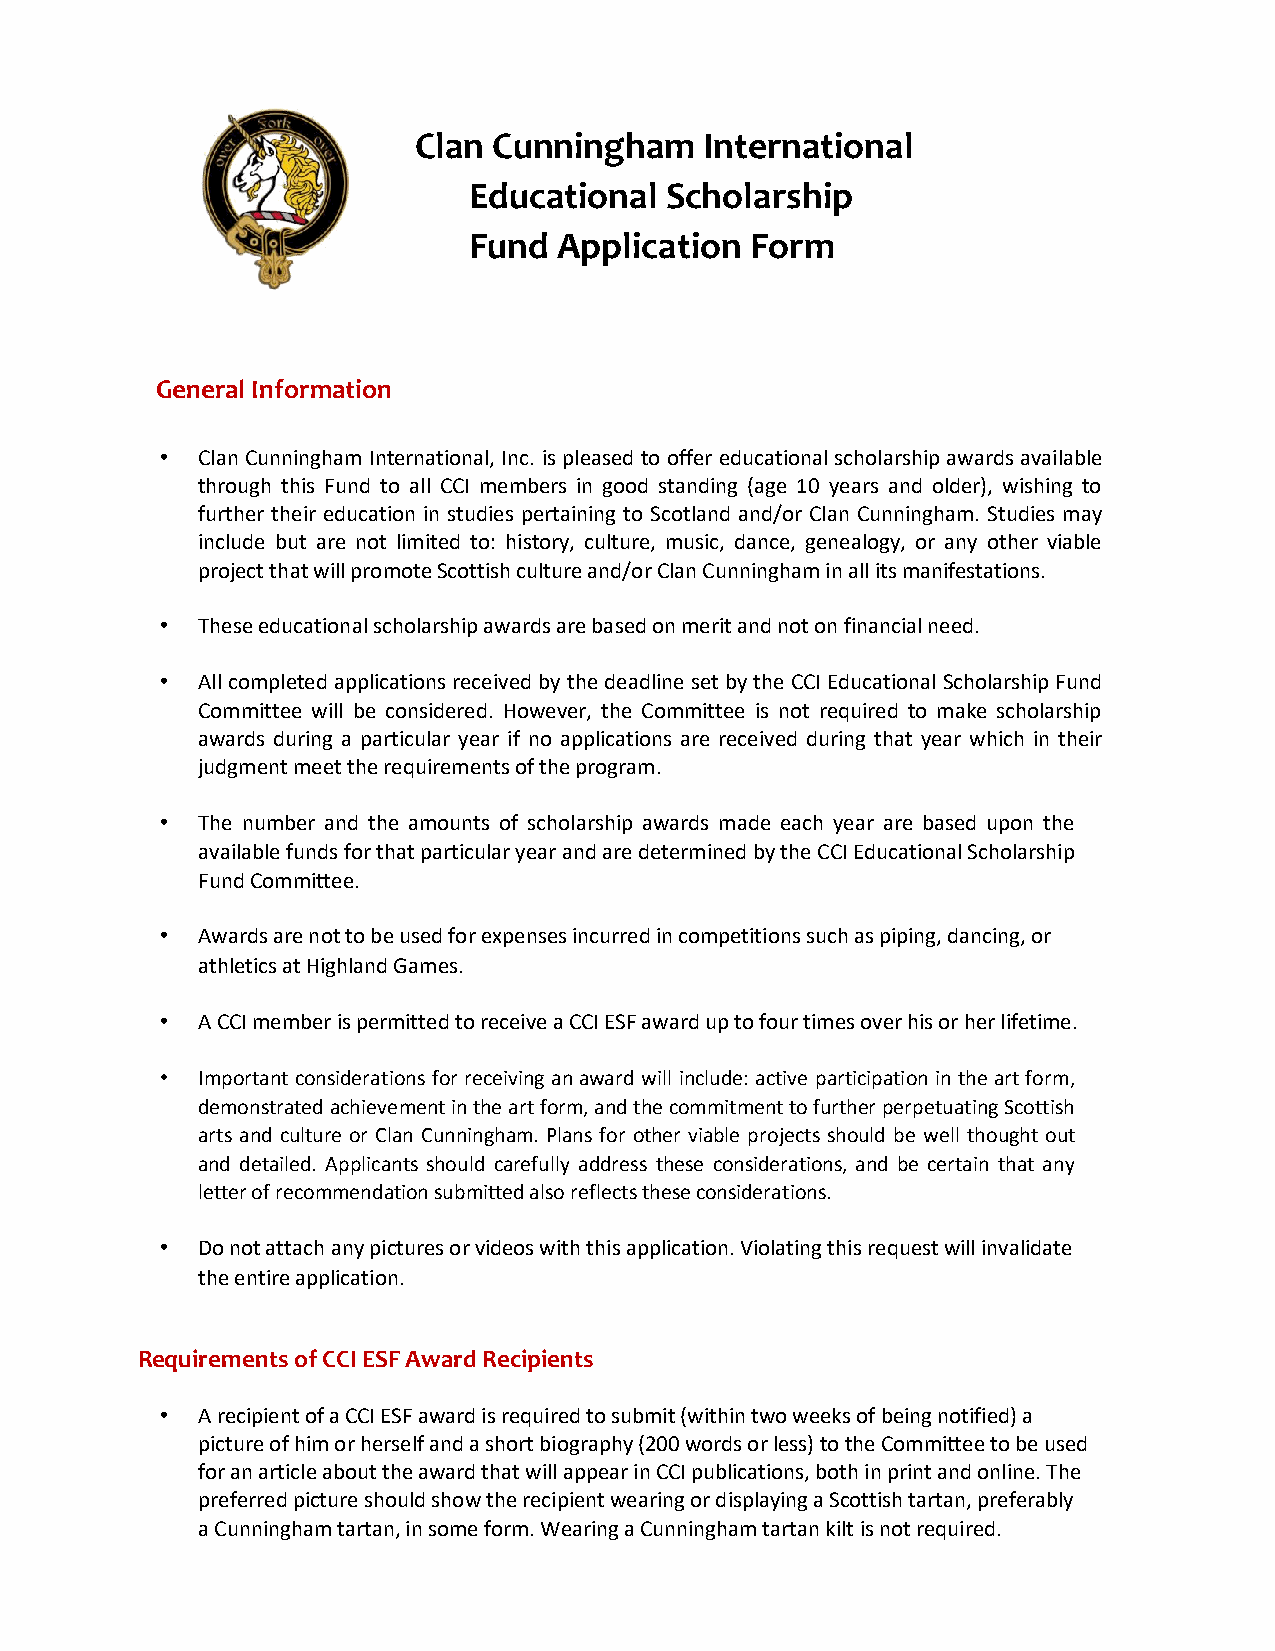
Clan  Cunningham    International
 Educational  Scholarship
 Fund  Application  Form
 General Information
 • Clan Cunningham International, Inc. is pleased to offer educational scholarship awards available
 through this Fund to all CCI members in good standing (age 10 years and older), wishing to
 further their education in studies pertaining to Scotland and/or Clan Cunningham. Studies may
 include but are not limited to: history, culture, music, dance, genealogy, or any other viable
 project that will promote Scottish culture and/or Clan Cunningham in all its manifestations.
 • These educational scholarship awards are based on merit and not on financial need.
 • All completed applications received by the deadline set by the CCI Educational Scholarship Fund
 Committee will be considered. However, the Committee is not required to make scholarship
 awards during a particular year if no applications are received during that year which in their
 judgment meet the requirements of the program.
 • The number and the amounts of scholarship awards made each year are based upon the
 available funds for that particular year and are determined by the CCI Educational Scholarship
 Fund Committee.
 • Awards are not to be used for expenses incurred in competitions such as piping, dancing, or
 athletics at Highland Games.
 • A CCI member is permitted to receive a CCI ESF award up to four times over his or her lifetime.
 • Important considerations for receiving an award will include: active participation in the art form,
 demonstrated achievement in the art form, and the commitment to further perpetuating Scottish
 arts and culture or Clan Cunningham. Plans for other viable projects should be well thought out
 and detailed. Applicants should carefully address these considerations, and be certain that any
 letter of recommendation submitted also reflects these considerations.
 • Do not attach any pictures or videos with this application. Violating this request will invalidate
 the entire application.
 Requirements of CCI ESF Award Recipients
 • A recipient of a CCI ESF award is required to submit (within two weeks of being notified) a
 picture of him or herself and a short biography (200 words or less) to the Committee to be used
 for an article about the award that will appear in CCI publications, both in print and online. The
 preferred picture should show the recipient wearing or displaying a Scottish tartan, preferably
 a Cunningham tartan, in some form. Wearing a Cunningham tartan kilt is not required.